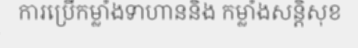
ការប្រើកម្លាំងទាហាននិង កម្លាំងសន្តិសុខ